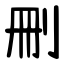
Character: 刪